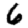
Digit: 6